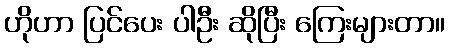
ဟိုဟာ ပြင်ပေး ပါဦး ဆိုပြီး ကြေးများတာ။